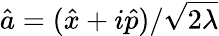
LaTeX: \hat{a}=(\hat{x}+i\hat{p})/\sqrt{2\lambda}